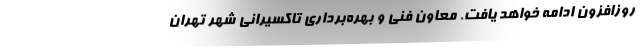
روزافزون ادامه خواهد یافت. معاون فنی و بهره‌برداری تاکسیرانی شهر تهران